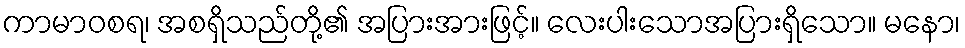
ကာမာဝစရ၊ အစရှိသည်တို့၏ အပြားအားဖြင့်။ လေးပါးသောအပြားရှိသော။ မနော၊